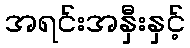
အရင်းအနှီးနှင့်